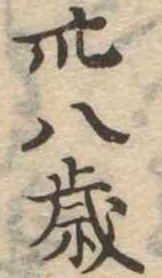
卅八歳